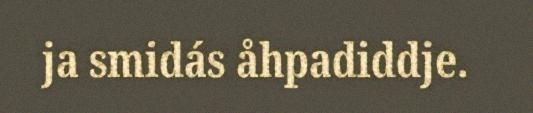
ja smidás åhpadiddje.